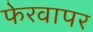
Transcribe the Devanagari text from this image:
फेरवापर